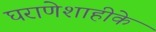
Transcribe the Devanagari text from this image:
घराणेशाहीके